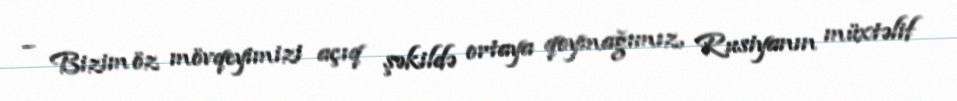
– Bizim öz mövqeyimizi açıq şəkildə ortaya qoymağımız, Rusiyanın müxtəlif